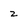
Character: z